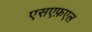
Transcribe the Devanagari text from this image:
एसएफ़एल